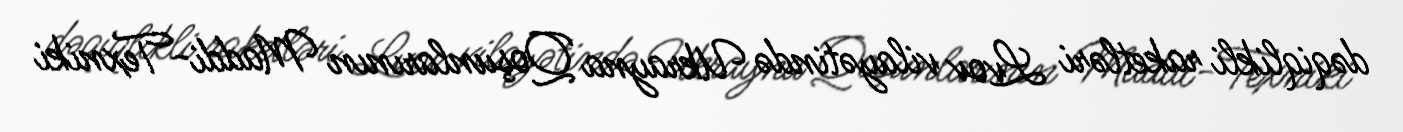
dəqiqlikli raketləri Lvov vilayətində Ukrayna Qoşunlarının Maddi-Texniki